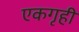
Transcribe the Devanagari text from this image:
एकगृही